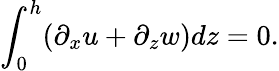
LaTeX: \int_{0}^{h}(\partial_{x}u+\partial_{z}w)dz=0.